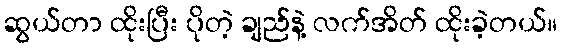
ဆွယ်တာ ထိုးပြီး ပိုတဲ့ ချည်နဲ့ လက်အိတ် ထိုးခဲ့တယ်။